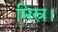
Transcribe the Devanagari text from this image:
मिस्र।